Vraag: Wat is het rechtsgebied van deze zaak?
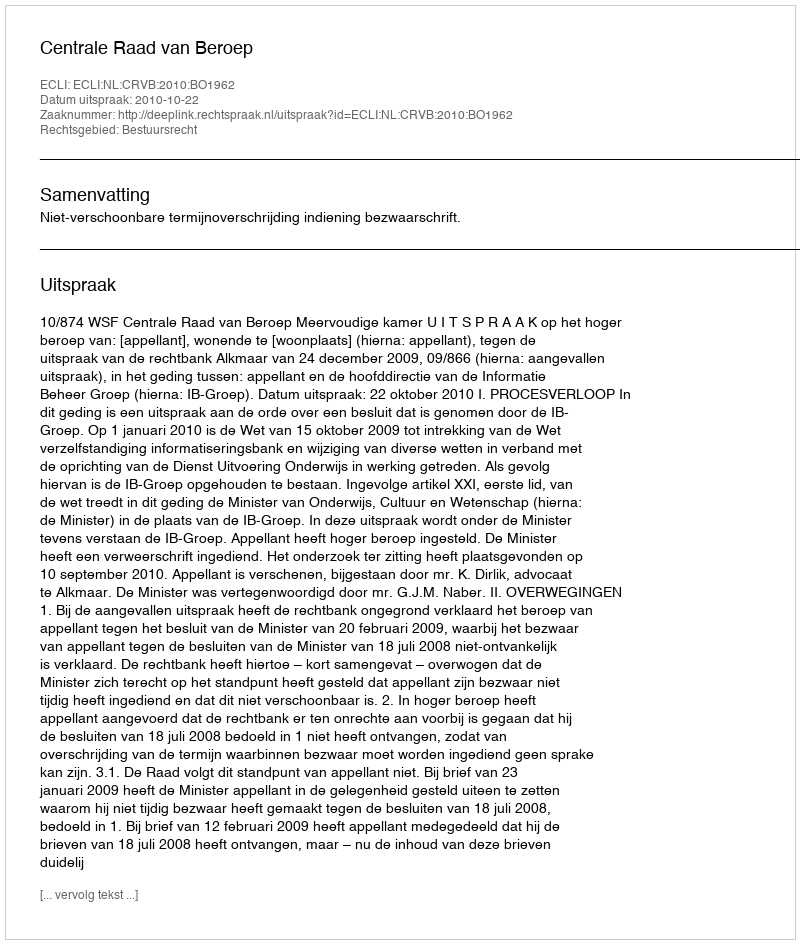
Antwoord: Bestuursrecht